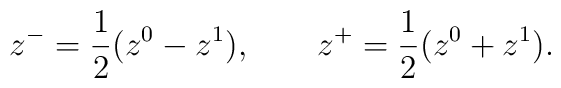
z^- = \frac{1}{2} (z^0 - z^1), \qquad z^+ = \frac{1}{2} (z^0 + z^1).